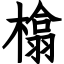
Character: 㯓